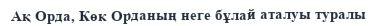
Ақ Орда, Көк Орданың неге бұлай аталуы туралы